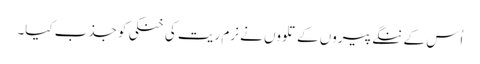
اُس کے ننگے پیروں کے تلووں نے نرم ریت کی خنکی کو جذب کیا۔